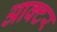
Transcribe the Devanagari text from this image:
आक्टर